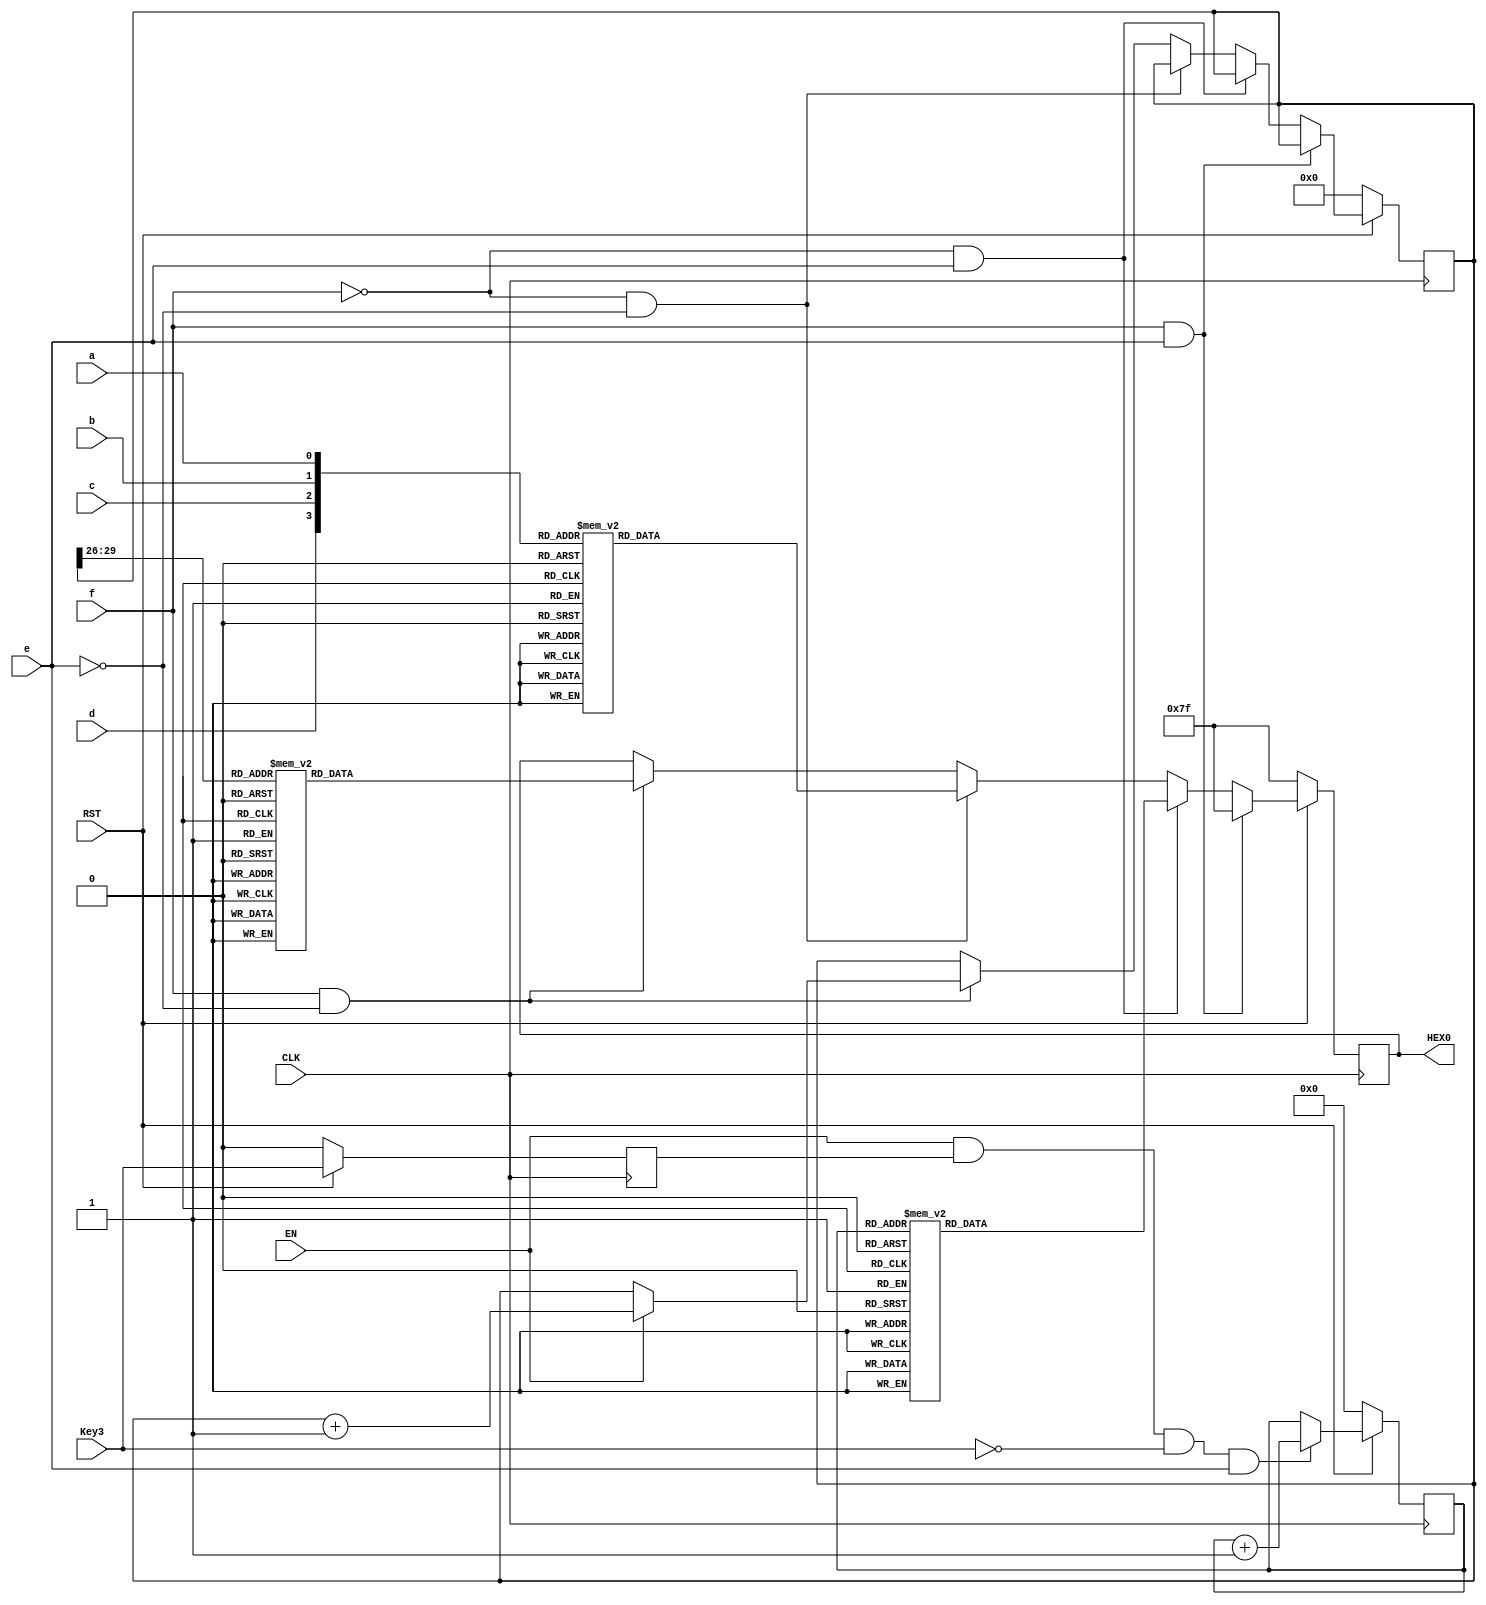
module sevenSegDecoder (
    input wire a, b, c, d, e, f, // initializing switches as the input
    input wire CLK, RST, EN, Key3,
    output reg [6:0] HEX0
);

    reg [6:0] segments;
    reg [3:0] count;
    reg prev_Key3; 
    reg [29:0] thirtycount;
    
    always @(posedge CLK ) begin
        if (!RST) begin
            // Reset logic
            count <= 4'b0000;
				thirtycount <= 30'b0000;
            segments <= 7'b1111111; 
            prev_Key3 <= 1'b0; 
        end else begin
            prev_Key3 <= Key3;
            
            if (EN & prev_Key3 & !Key3 & e) begin
                count <= count + 1'b1; 
					
            end
            
            if (f & e) begin
                segments <= 7'b1111111;
					 
            end else if (!f & e) begin
                case (count)
                    4'b0000: segments <= 7'b1000000; // 0
                    4'b0001: segments <= 7'b1111001; // 1
                    4'b0010: segments <= 7'b0100100; // 2
                    4'b0011: segments <= 7'b0110000; // 3
                    4'b0100: segments <= 7'b0011001; // 4
                    4'b0101: segments <= 7'b0010010; // 5
                    4'b0110: segments <= 7'b0000010; // 6
                    4'b0111: segments <= 7'b1111000; // 7
                    4'b1000: segments <= 7'b0000000; // 8
                    4'b1001: segments <= 7'b0010000; // 9
						  4'b1010: segments <= 7'b0001110; // F
						  4'b1011: segments <= 7'b1001111; // I
						  4'b1100: segments <= 7'b1000111; // L
						  4'b1101: segments <= 7'b1001111; // I
						  4'b1110: segments <= 7'b0001100; // P
                    default: segments <= 7'b1111111; // Default - All segments off
                endcase
            end else if (!f & !e) begin
                segments[0] <= (~a & ~b & ~c & d) | (b & ~c & ~d) | (a & c & d) | (a & b & ~c);
                segments[1] <= (b & ~c & d) | (~a & b & c & ~d) | (a & ~b & c) | (a & b & ~c) | (a & c & d);
                case ({d,c,b,a})
                    4'b0000: segments <= 7'b1000000; // 0
                    4'b0001: segments <= 7'b1111001; // 1
                    4'b0010: segments <= 7'b0100100; // 2
                    4'b0011: segments <= 7'b0110000; // 3
                    4'b0100: segments <= 7'b0011001; // 4
                    4'b0101: segments <= 7'b0010010; // 5
                    4'b0110: segments <= 7'b0000010; // 6
                    4'b0111: segments <= 7'b1111000; // 7
                    4'b1000: segments <= 7'b0000000; // 8
                    4'b1001: segments <= 7'b0010000; // 9
						  4'b1010: segments <= 7'b0001110; // F
						  4'b1011: segments <= 7'b1001111; // I
						  4'b1100: segments <= 7'b1000111; // L
						  4'b1101: segments <= 7'b1001111; // I
						  4'b1110: segments <= 7'b0001100; // P
                    default: segments <= 7'b1111111; // Default - All segments off
                endcase
            end else if ( f & !e)//takes input from 30 bit counter
            begin
                     if (EN) begin
                        thirtycount<= thirtycount + 1'b1;
                        if (!RST) begin
                        thirtycount<=30'b0;
                    end 
                    end
                    case (thirtycount[29:26])
                    4'b0000: segments <= 7'b1000000; // 0
                    4'b0001: segments <= 7'b1111001; // 1
                    4'b0010: segments <= 7'b0100100; // 2
                    4'b0011: segments <= 7'b0110000; // 3
                    4'b0100: segments <= 7'b0011001; // 4
                    4'b0101: segments <= 7'b0010010; // 5
                    4'b0110: segments <= 7'b0000010; // 6
                    4'b0111: segments <= 7'b1111000; // 7
                    4'b1000: segments <= 7'b0000000; // 8
                    4'b1001: segments <= 7'b0010000; // 9
                    4'b1010: segments <= 7'b0001110; // F
						  4'b1011: segments <= 7'b1001111; // I
						  4'b1100: segments <= 7'b1000111; // L
						  4'b1101: segments <= 7'b1001111; // I
						  4'b1110: segments <= 7'b0001100; // P
                    default: segments <= 7'b1111111; // Default - All segments off
                        endcase
            end  
        end
    end

    // Update HEX based on segments
    always @(segments) begin
        HEX0 <= segments;
    end
endmodule